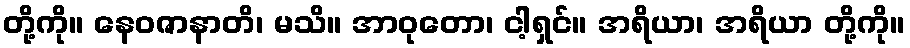
တို့ကို။ နေဝဇာနာတိ၊ မသိ။ အာဝုတော၊ ငါ့ရှင်။ အရိယာ၊ အရိယာ တို့ကို။